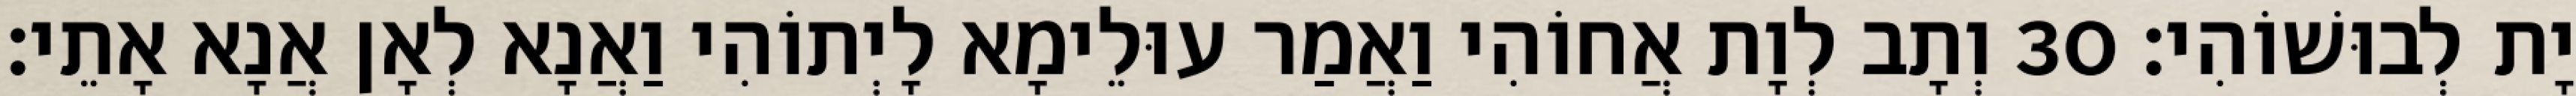
יָת לְבוּשׁוֹהִי׃ 30 וְתָב לְוָת אֲחוֹהִי וַאֲמַר עוּלֵימָא לָיְתוֹהִי וַאֲנָא לְאָן אֲנָא אָתֵי׃